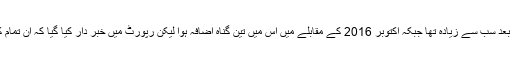
اکتوبر 2017 میں امریکا نے افغانستان میں 653 مرتبہ گولہ بارود گرایا جو 2012 کے بعد سب سے زیادہ تھا جبکہ اکتوبر 2016 کے مقابلے میں اس میں تین گناہ اضافہ ہوا لیکن رپورٹ میں خبر دار کیا گیا کہ ان تمام کارروائیوں کے باوجود آبادی پر افغان حکومت کے کنٹرول میں اضافہ اب تک نہیں ہوسکا۔